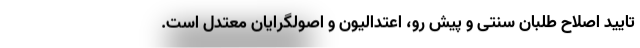
تایید اصلاح طلبان سنتی و پیش رو، اعتدالیون و اصولگرایان معتدل است.